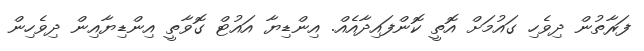
ފަރާތުން ދިވެހި ގައުމަށް އޮތީ ކޮންފައިދާއެއް. އިންޑިޔާ އައުޓް ގޮވާތީ އިންޑިޔާއިން ދިވެހިން